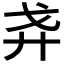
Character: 𢌵